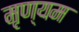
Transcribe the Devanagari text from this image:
मृण्यम